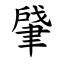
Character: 肈